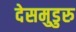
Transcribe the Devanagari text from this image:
देसमुडुरु